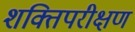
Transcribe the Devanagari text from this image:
शक्तिपरीक्षण